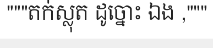
"""តក់ស្លុត ដូច្នោះ ឯង ,"""